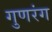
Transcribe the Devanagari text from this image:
गुणरंग